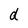
Character: d